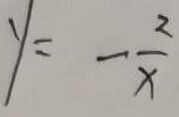
y = - \frac { 2 } { y }